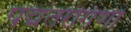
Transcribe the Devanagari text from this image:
पद्मतरंगिणी